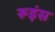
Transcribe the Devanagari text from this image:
रूइंस